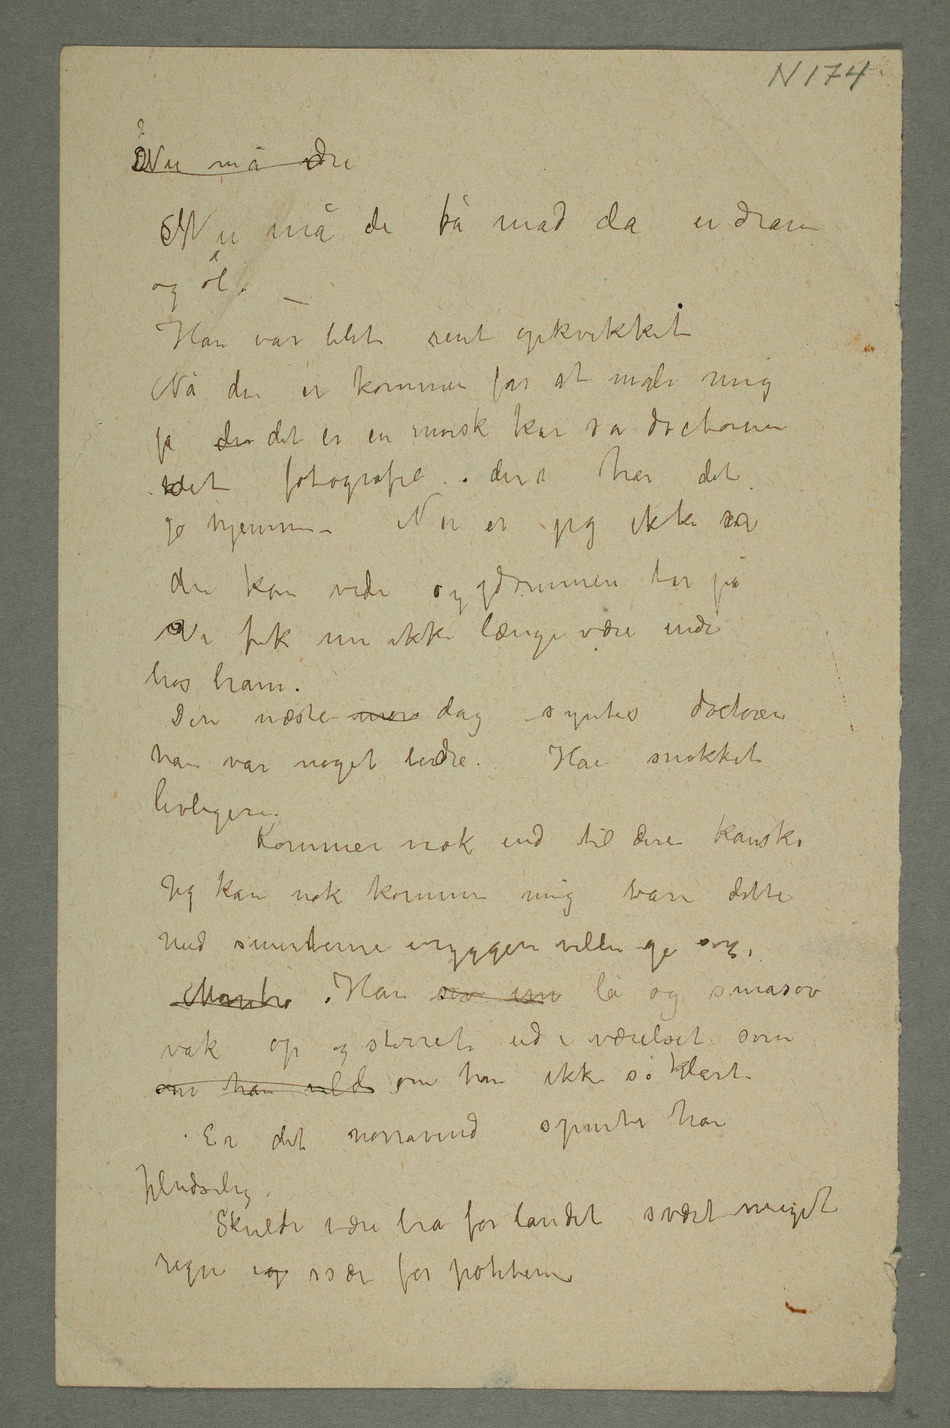
SNu må du få mad daen dram
og øl
– Han var blit rent opkvikket
Nå du er kommen for at male mig
det fotografie – dere har det
du kan vide sygdommen tar på
Vi fik nu ikke længe være inde
hos ham.
Den neste mor dag syntes doctoren
han var meget bedre. Han snakket
livligere.
Kommer nok ind til dere kanske
Jeg kan nok komme mig bare dette
med smerterne i ryggen vilde gi sig.
Montro Han sov nu lå og småsov
vak op og stirret ud i værelset som
om han vilde om han ikke så klart
Er det norravind spurte han
pludselig
Skulde være bra for landet svært meget
regn ig især for poteterne